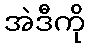
အဲဒီကို